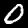
Label: 0